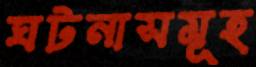
ঘটনাসমূহ